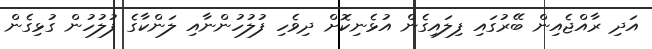
އަދި ރާއްޖެއިން ބޭރުގައި ފިލައިގެން އުޅެނިކޮށް ދިވެހި ފުލުހުންނާއި ލަންކާގެ ފުލުހުން ގުޅިގެން